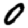
Digit: 0